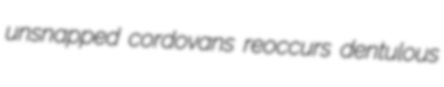
unsnapped cordovans reoccurs dentulous